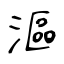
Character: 漚